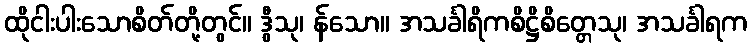
ထိုငါးပါးသောစိတ်တို့တွင်။ ဒွီသု၊ န်သော။ အသင်္ခါရိကစိဋ္ဌိစိတ္တေသု၊ အသင်္ခါရက